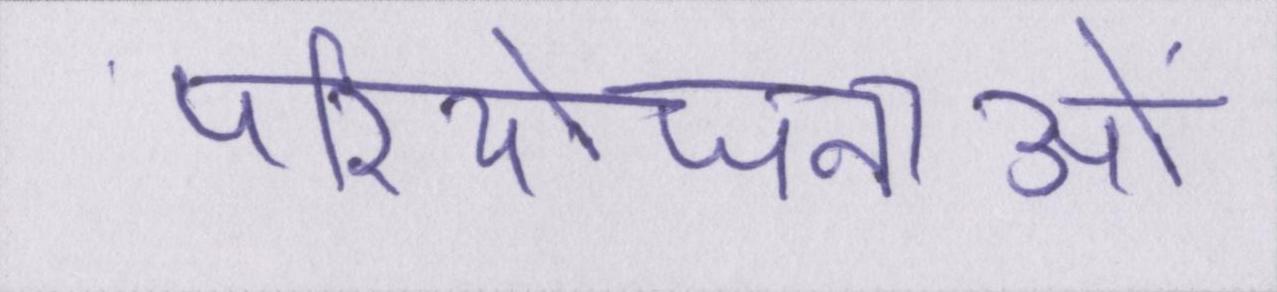
परियोजनाओं